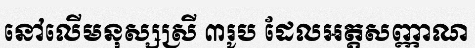
នៅលើមនុស្សស្រី ៣រូប ដែលអត្តសញ្ញាណ